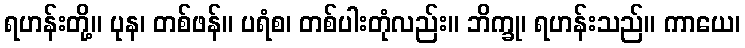
ရဟန်းတို့။ ပုန၊ တစ်ဖန်။ ပရံစ၊ တစ်ပါးတုံလည်း။ ဘိက္ခု၊ ရဟန်းသည်။ ကာယေ၊